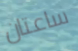
ساعتان